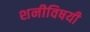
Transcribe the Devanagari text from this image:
शनीविषयी